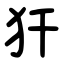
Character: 犴